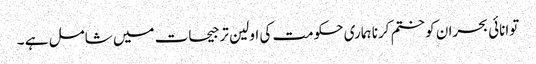
توانائی بحران کو ختم کرنا ہماری حکومت کی اولین ترجیحات میں شامل ہے ۔